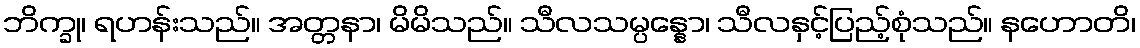
ဘိက္ခု၊ ရဟန်းသည်။ အတ္တနာ၊ မိမိသည်။ သီလသမ္ပန္နော၊ သီလနှင့်ပြည့်စုံသည်။ နဟောတိ၊